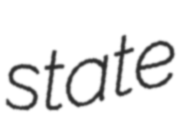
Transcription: state